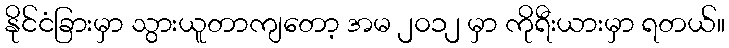
နိုင်ငံခြားမှာ သွားယူတာကျတော့ အမ ၂၀၁၂ မှာ ကိုရီးယားမှာ ရတယ်။